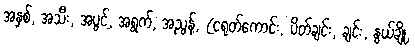
အနှစ်, အသီး, အပွင့်, အရွက်, အညွန့်, (ငရုတ်ကောင်း, ပိတ်ချင်း, ချင်း, နွယ်ချို,